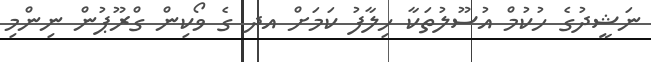
ނަޝީދުގެ ހުކުމް އުސޫލުތަކާ ހިލާފު ކަމަށް އދ ގެ ވޯކިން ގްރޫޕުން ނިންމި